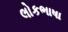
લોકભાષા